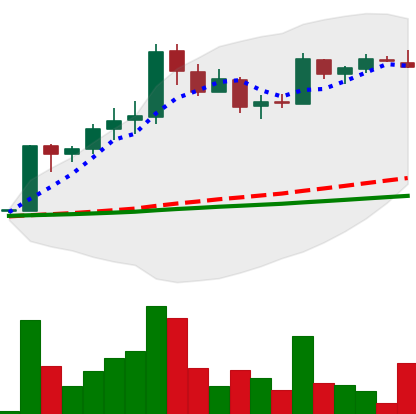
Ticker: LTC-USD
Chart end date: 2017-04-17
Forward return: 25.361%
Label: up_7plus